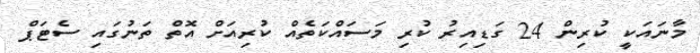
މާނައަކީ ކުރިން 24 ގަޑިއިރު ކުރި މަސައްކަތެއް ކުރިއަށް އޮތް ތަނުގައި ސެޓަޕް